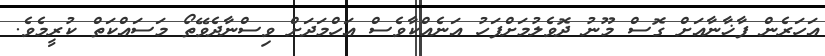
އަހަރެން ފާޚާނާއަށް ގޮސް މޫނު ދޮވެލުމަށްފަހު އަނެއްކާވެސް އަހްމަދަށް ވިސްނާދެވޭތޯ މަސައްކަތް ކުރީމެވެ.